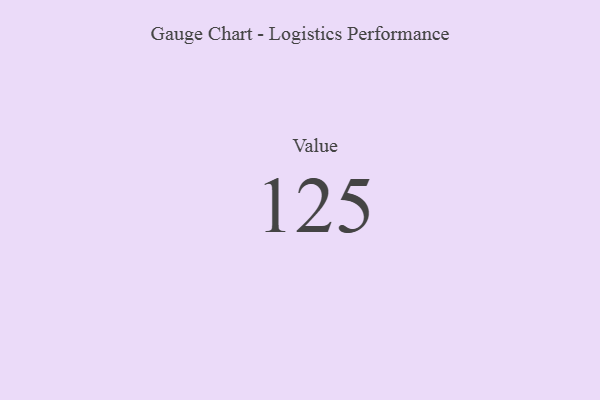
{"axis": {"x": "Metric", "y": "Value"}, "legend": [""], "data": [{"x": "Value", "y": 125, "type": ""}]}